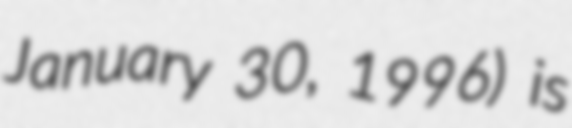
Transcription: January 30, 1996) is